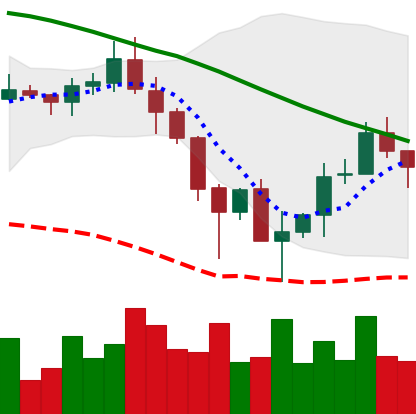
Ticker: ADA-USD
Chart end date: 2019-12-01
Forward return: -3.208%
Label: down_3_5